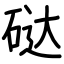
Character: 鿎